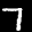
Label: 7